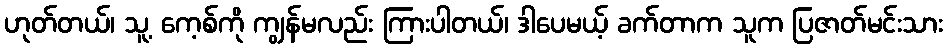
ဟုတ်တယ်၊ သူ့ ကေ့စ်ကို ကျွန်မလည်း ကြားပါတယ်၊ ဒါပေမယ့် ခက်တာက သူက ပြဇာတ်မင်းသား